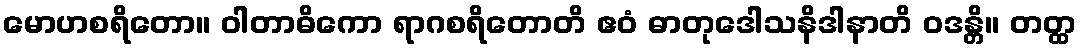
မောဟစရိတော။ ဝါတာဓိကော ရာဂစရိတောတိ ဧဝံ ဓာတုဒေါသနိဒါနာတိ ဝဒန္တိ။ တတ္ထ